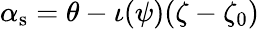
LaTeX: \alpha_{\mathrm{s}}=\theta-\iota(\psi)(\zeta-\zeta_{0})